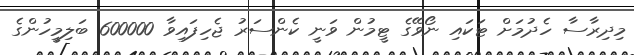
މިދިރާސާ ހެދުމަށް ޓަކައި ނޯވޭގެ ޓީމުން ވަނީ ކެންސަރު ޖެހިފައިވާ 600000 ބަލިމީހުންގެ